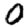
Digit: 0